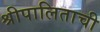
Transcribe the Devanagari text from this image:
श्रीपालिताची